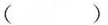
( )